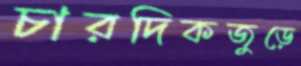
চারদিকজুড়ে